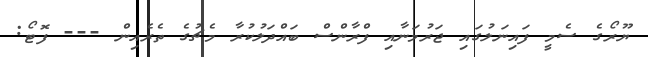
ޔޫރޯގެ ސެމީ ފައިނަލުގައި ޖަރުމަނާއި ފްރާންސް ބައްދަލުކުރާ މެޗުގެ ތެރެއިން --- ފޮޓޯ: